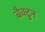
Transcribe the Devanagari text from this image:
बैक्टुन